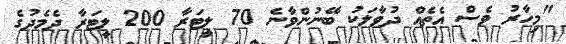
"މިހާރު ވެސް އެތެއް ދުވާލަކު ބޭނުންވާނެ 70 ލީޓަރާ 200 ލީޓަރާ ދެމެދުގެ